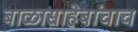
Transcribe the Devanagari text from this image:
बाळासाहेबांचाच